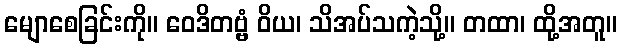
မျောစေခြင်းကို။ ဝေဒိတဗ္ဗံ ဝိယ၊ သိအပ်သကဲ့သို့။ တထာ၊ ထို့အတူ။